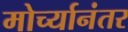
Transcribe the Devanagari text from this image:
मोर्च्यानंतर